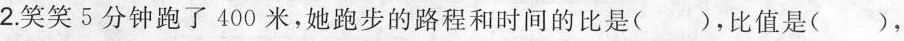
2.笑笑5分钟跑了400米，她跑步的路程和时间的比是( )，比值是( )，